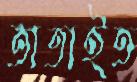
তাতাইত